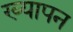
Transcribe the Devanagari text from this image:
ख्यापन